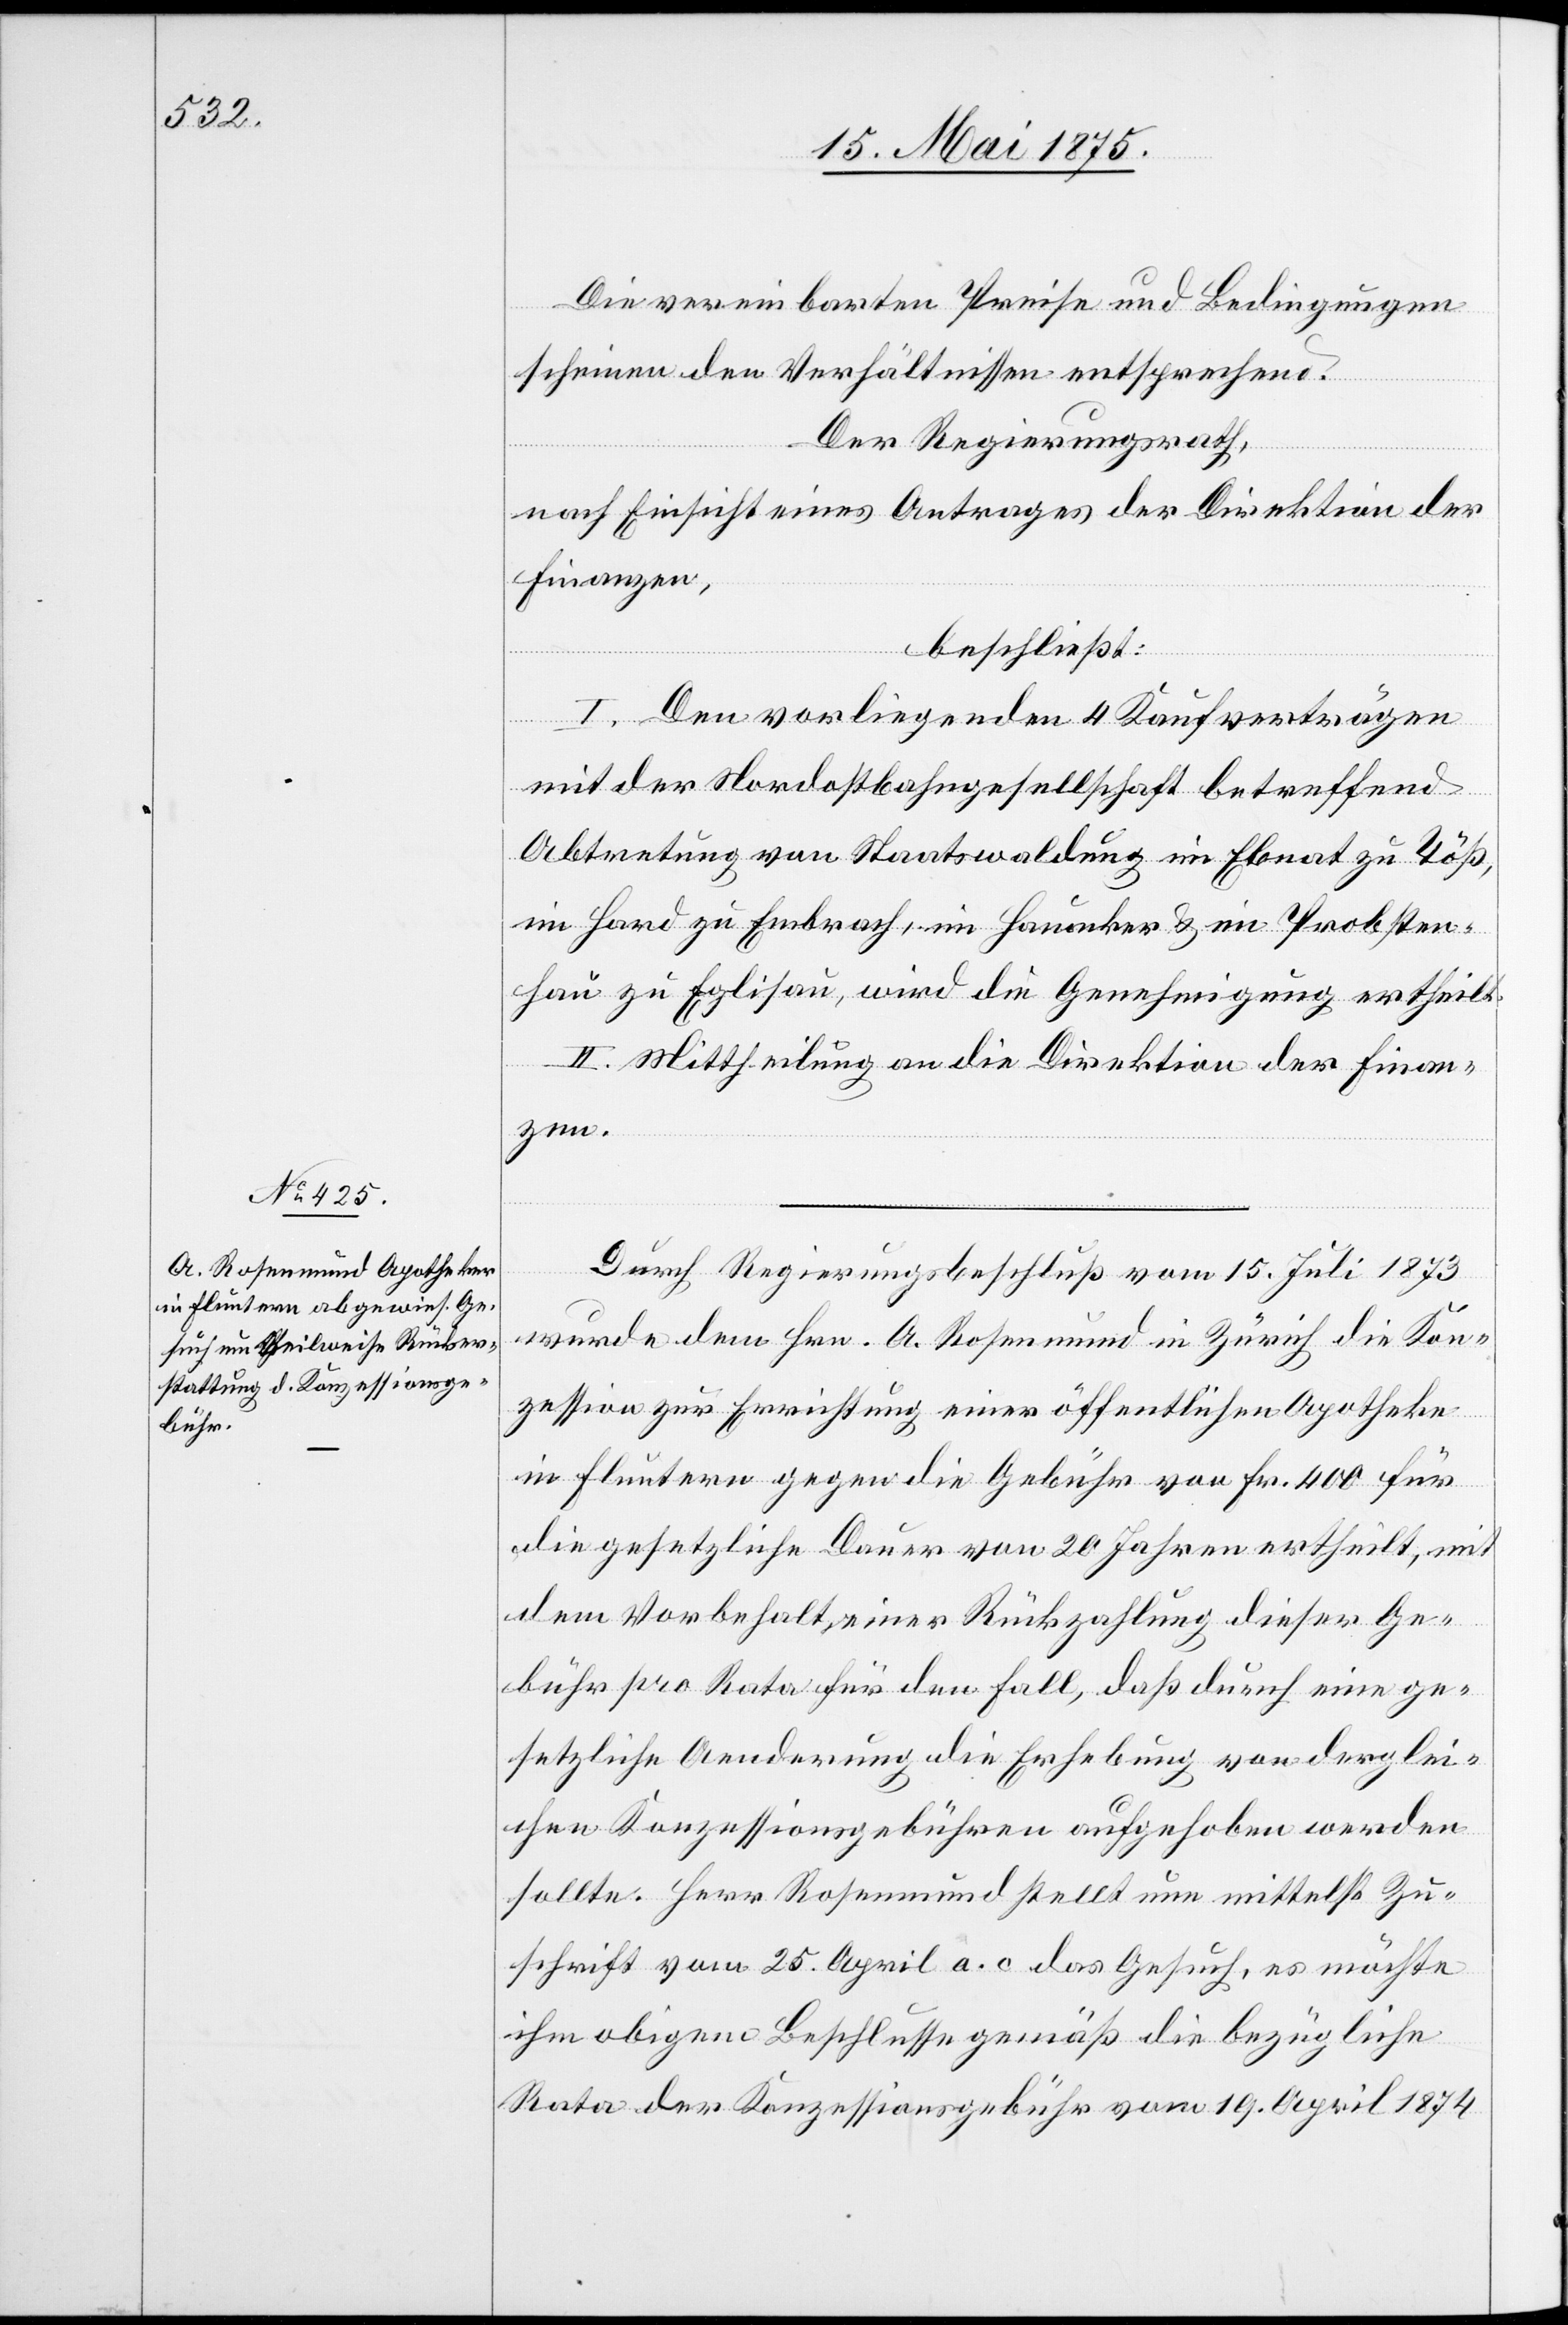
Die vereinbarten Preise und Bedingungen
scheinen den Verhältnissen entsprechend.
Der Regierungsrath,
nach Einsicht eines Antrages der Direktion der
Finanzen,
beschließt:
I. Den vorliegenden 4 Kaufverträgen
mit der Nordostbahngesellschaft betreffend
Abtretung von Staatswaldung in Ebnat zu Töß,
im Hard zu Embrach, im Hauacker & im Probsten¬
hau zu Eglisau, wird die Genehmigung ertheilt.
II. Mittheilung an die Direktion der Finan¬
zen.
Durch Regierungsbeschluß vom 15. Juli 1873
wurde dem Hrn. A. Rosenmund in Zürich die Kon¬
zession zur Errichtung einer öffentlichen Apotheke
in Fluntern gegen die Gebühr von fr. 400 für
die gesetzliche Dauer von 20 Jahren ertheilt, mit
dem Vorbehalt einer Rückzahlung dieser Ge¬
bühr pro Rata für den Fall, daß durch ein ge¬
setzliche Aenderung die Erhebung von derglei¬
chen Konzessionsgebühren aufgehoben werden
sollte. Herr Rosenmund stellt nun mittelst Zu¬
schrift vom 25. April a. c. das Gesuch, es möchte
ihm obigem Beschlusse gemäß die bezügliche
Rata der Konzessionsgebühr vom 19. April 1874